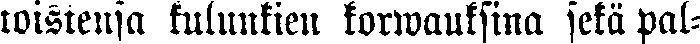
toistensa kulunkien korwauksina sekä pal-